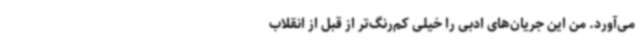
می‌آورد. من این جریان‌های ادبی را خیلی کم‌رنگ‌تر از قبل از انقلاب